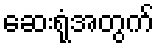
ဆေးရုံအတွက်